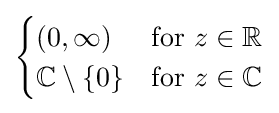
{\begin{cases}(0,\infty )&{\text{for }}z\in \mathbb {R} \\\mathbb {C} \setminus \{0\}&{\text{for }}z\in \mathbb {C} \end{cases}}